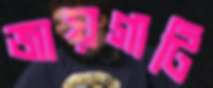
জায়গাটি